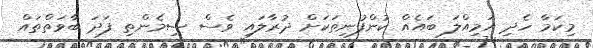
މިކަމާ ހެދި އަމިއްލަ ބައެއް ކުންފުނިތަކަށް ދުރާލައި ވެސް ސިމެންތި ފަދަ ބާވަތްތައް